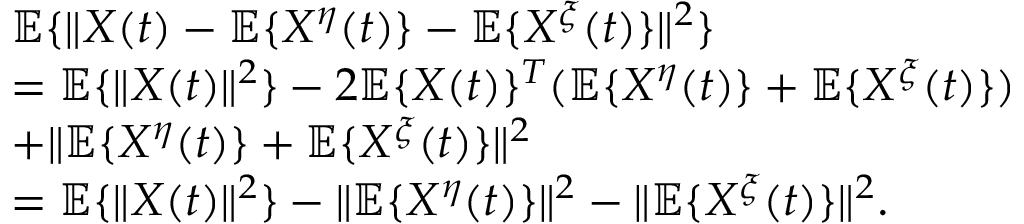
\begin{array} { r l } & { \mathbb { E } \{ \| X ( t ) - \mathbb { E } \{ X ^ { \eta } ( t ) \} - \mathbb { E } \{ X ^ { \xi } ( t ) \} \| ^ { 2 } \} } \\ & { = \mathbb { E } \{ \| X ( t ) \| ^ { 2 } \} - 2 \mathbb { E } \{ X ( t ) \} ^ { T } ( \mathbb { E } \{ X ^ { \eta } ( t ) \} + \mathbb { E } \{ X ^ { \xi } ( t ) \} ) } \\ & { + \| \mathbb { E } \{ X ^ { \eta } ( t ) \} + \mathbb { E } \{ X ^ { \xi } ( t ) \} \| ^ { 2 } } \\ & { = \mathbb { E } \{ \| X ( t ) \| ^ { 2 } \} - \| \mathbb { E } \{ X ^ { \eta } ( t ) \} \| ^ { 2 } - \| \mathbb { E } \{ X ^ { \xi } ( t ) \} \| ^ { 2 } . } \end{array}